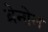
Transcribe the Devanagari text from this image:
ब्रेनोन